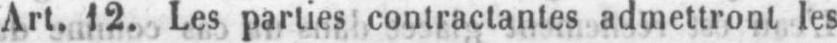
Art. 12. Les parties contractantes admettront les